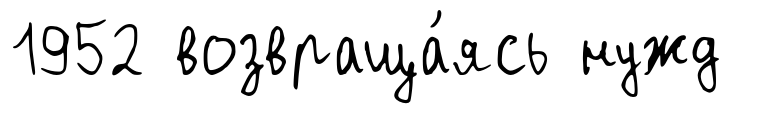
1952 возвраща́ясь нужд